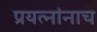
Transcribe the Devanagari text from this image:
प्रयत्नांनाच